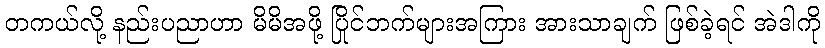
တကယ်လို့ နည်းပညာဟာ မိမိအဖို့ ပြိုင်ဘက်များအကြား အားသာချက် ဖြစ်ခဲ့ရင် အဲဒါကို